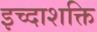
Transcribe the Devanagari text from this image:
इच्दाशक्ति